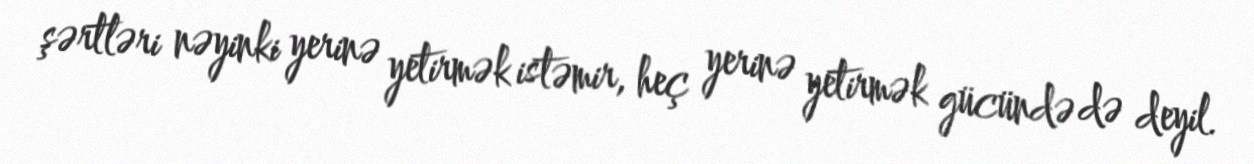
şərtləri nəyinki yerinə yetirmək istəmir, heç yerinə yetirmək gücündə də deyil.